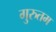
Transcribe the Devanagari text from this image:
गुरुतम